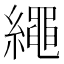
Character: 繩